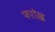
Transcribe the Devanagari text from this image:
फरोख